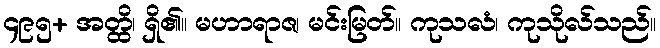
၄၉၅+ အတ္ထိ၊ ရှိ၏။ မဟာရာဇ၊ မင်းမြတ်။ ကုသလံ၊ ကုသိုလ်သည်။